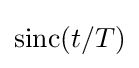
\mathrm {sinc} (t/T)